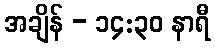
အချိန် - ၁၄:၃၀ နာရီ